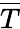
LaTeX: \overline{T}